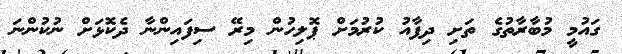
ގައުމީ މުބާރާތުގެ ތަށި ދިފާއު ކުރުމަށް ޕޮލިހުން މިރޭ ސިފައިންނާ ދެކޮޅަށް ނުކުންނަ